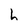
Character: h